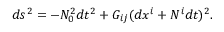
d s ^ { 2 } = - N _ { 0 } ^ { 2 } d t ^ { 2 } + G _ { i j } ( d x ^ { i } + N ^ { i } d t ) ^ { 2 } .